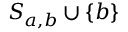
S _ { a , b } \cup \{ b \}